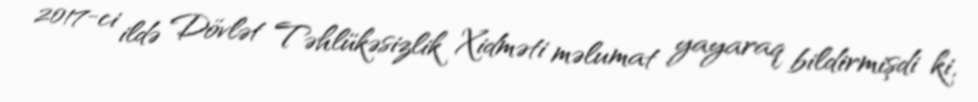
2017-ci ildə Dövlət Təhlükəsizlik Xidməti məlumat yayaraq bildirmişdi ki,